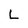
Character: L